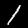
Label: 1